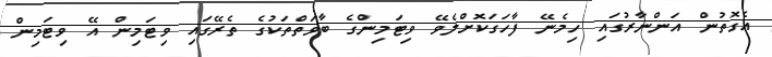
އެގޮތުން އަންނާރުގައި ހިމެނޭ ފާހަގަކޮށްލެވޭ ވިޓަމިންގެ ބާވަތްތަކުގެ ތެރޭގައި ވިޓަމިން އޭ ވިޓަމިން